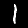
Label: 1